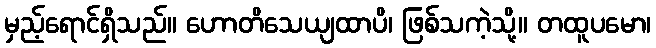
မှည့်ရောင်ရှိသည်။ ဟောတိသေယျထာပိ၊ ဖြစ်သကဲ့သို့။ တထူပမော၊